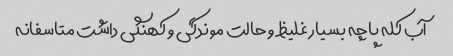
آب کله پاچه بسیار غلیظ و حالت موندگی و کهنگی داشت متاسفانه